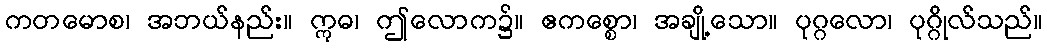
ကတမောစ၊ အဘယ်နည်း။ ဣဓ၊ ဤလောက၌။ ဧကစ္စော၊ အချို့သော။ ပုဂ္ဂလော၊ ပုဂ္ဂိုလ်သည်။